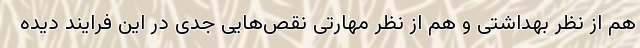
هم از نظر بهداشتی و هم از نظر مهارتی نقص‌هایی جدی در این فرایند دیده